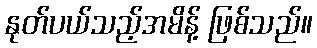
နုတ်ပယ်သည့်အမိန့် ဖြစ်သည်။